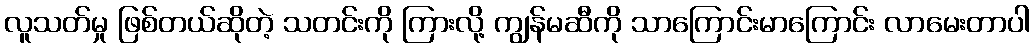
လူသတ်မှု ဖြစ်တယ်ဆိုတဲ့ သတင်းကို ကြားလို့ ကျွန်မဆီကို သာကြောင်းမာကြောင်း လာမေးတာပါ